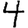
Digit: 4